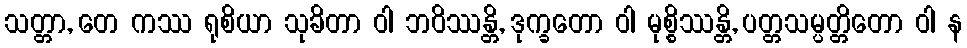
သတ္တာ, တေ ကဿ ရုစိယာ သုခိတာ ဝါ ဘဝိဿန္တိ, ဒုက္ခတော ဝါ မုစ္စိဿန္တိ, ပတ္တသမ္ပတ္တိတော ဝါ န